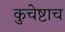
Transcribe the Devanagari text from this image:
कुचेष्टाच